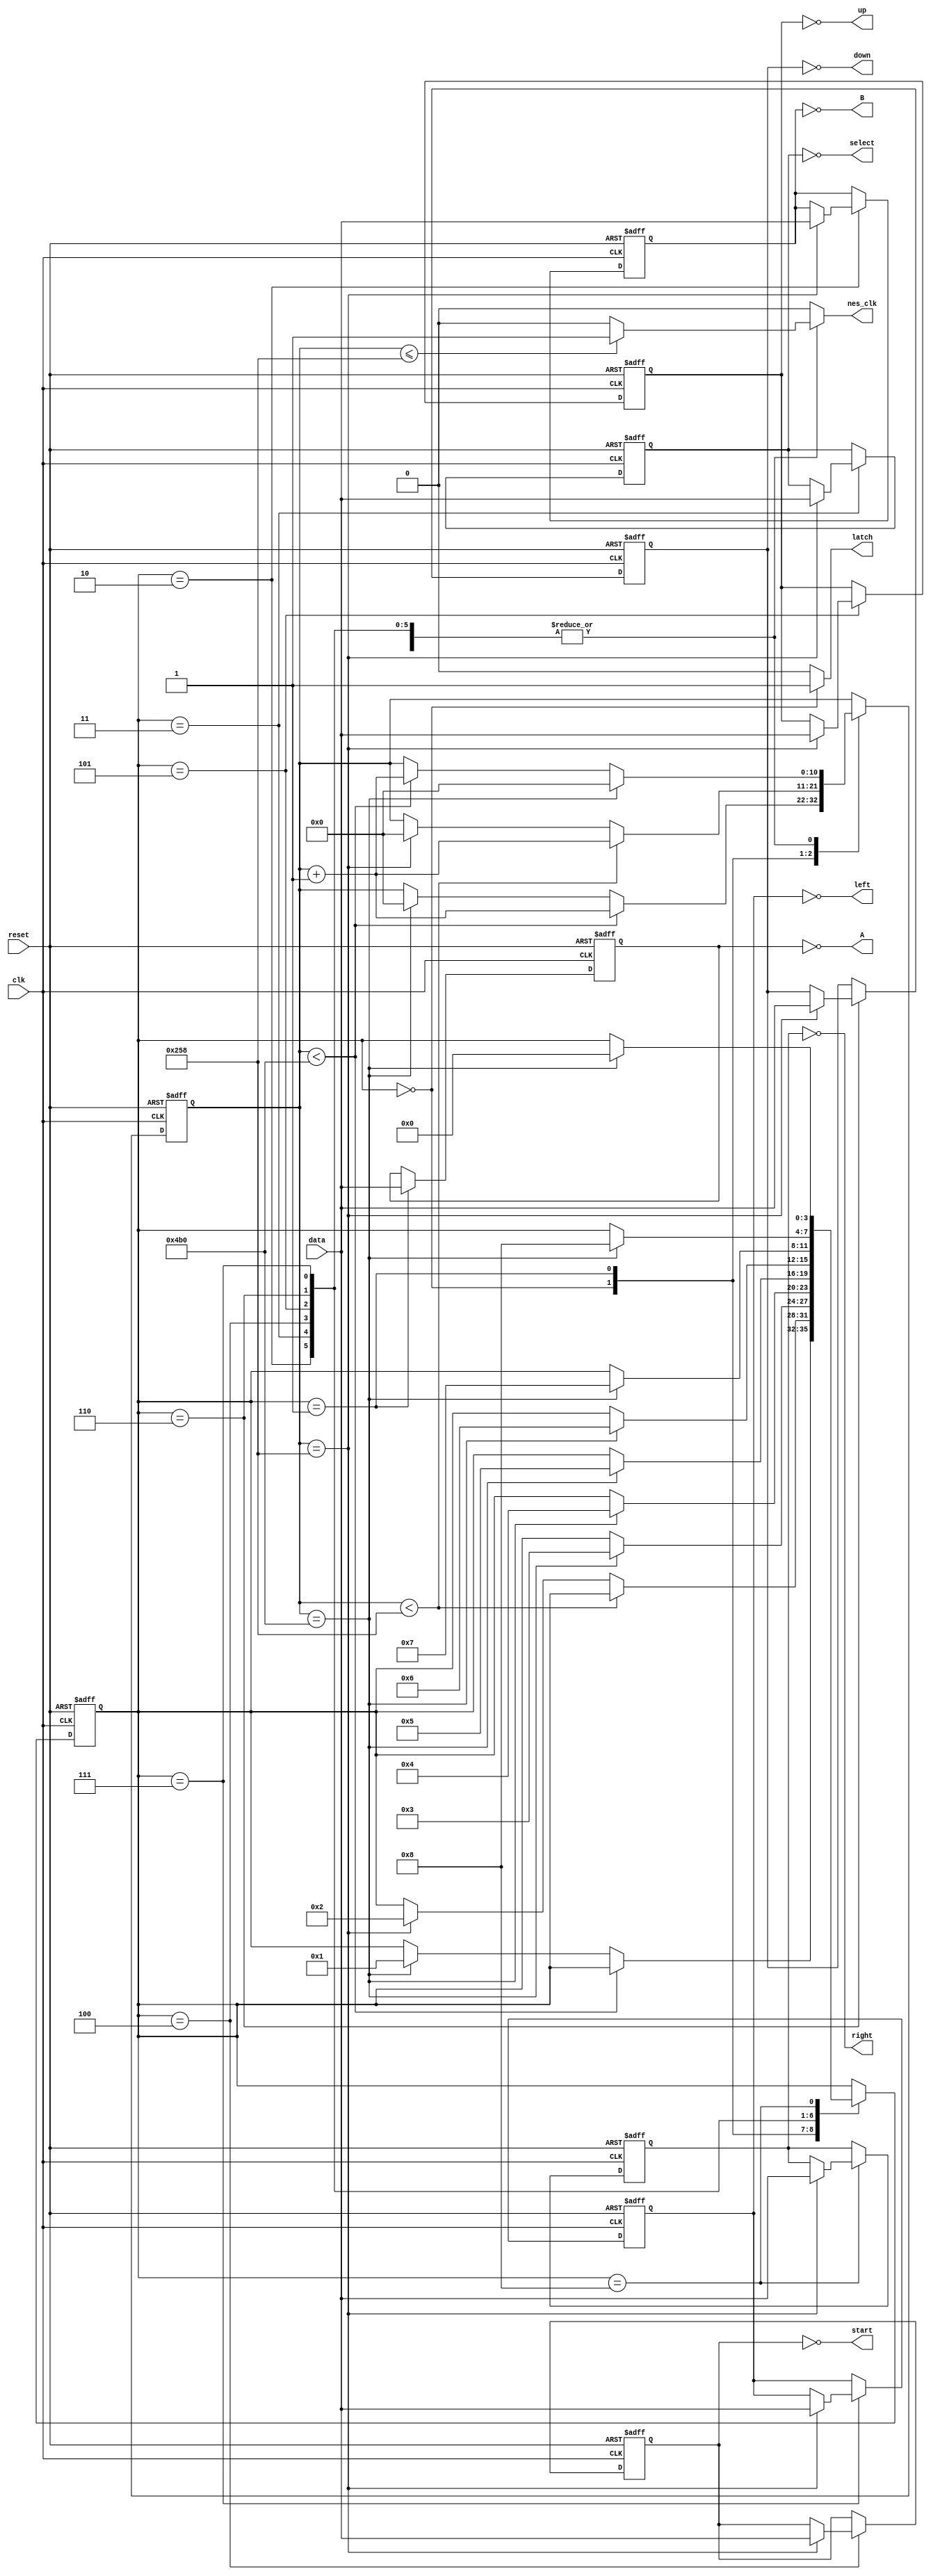
`timescale 1ns / 1ps
//////////////////////////////////////////////////////////////////////////////////////////////////
// Retrieved from https://github.com/jconenna/Yoshis-Nightmare/blob/master/source/nes_controller.v
// Provided by embeddedthoughts.com
//////////////////////////////////////////////////////////////////////////////////////////////////

module nes_controller
	(
		input wire clk, reset, 
		input wire data,                                        // input data from nes controller to FPGA
		output reg latch, nes_clk,                              // outputs from FPGA to nes controller
		output wire A, B, select, start, up, down, left, right  // output states of nes controller buttons
        );
	
	// FSM symbolic states
	localparam [3:0] latch_en     = 4'h0,  // assert latch for 12 us
			 read_A_wait  = 4'h1,  // read A / wait 6 us
			 read_B       = 4'h2,  // read B ...
			 read_select  = 4'h3,  
		         read_start   = 4'h4,
		         read_up      = 4'h5,
			 read_down    = 4'h6,
			 read_left    = 4'h7,
			 read_right   = 4'h8;

	// register to count clock cycles to time latch assertion, nes_clk state, and FSM state transitions		 
	reg [10:0] count_reg, count_next;
	
	// FSM state register, and button state regs
	reg [3:0] state_reg, state_next;
	reg A_reg, B_reg, select_reg, start_reg,
	    up_reg, down_reg, left_reg, right_reg;
	reg A_next, B_next, select_next, start_next,
	   up_next, down_next, left_next, right_next;
	
	// infer all the registers
	always @(posedge clk, posedge reset)
		if (reset)
			begin
			count_reg  <= 0;
			state_reg  <= 0;
			A_reg      <= 0;
			B_reg      <= 0;
			select_reg <= 0;
			start_reg  <= 0;
			up_reg     <= 0;
			down_reg   <= 0;
			left_reg   <= 0;
			right_reg  <= 0;
			end
	    else
			begin
		        count_reg  <= count_next;
			state_reg  <= state_next;
			A_reg      <= A_next;
			B_reg      <= B_next;
			select_reg <= select_next;
			start_reg  <= start_next;
			up_reg     <= up_next;
			down_reg   <= down_next;
			left_reg   <= left_next;
			right_reg  <= right_next;
			end
			
	// FSM next-state logic and data path
	always@*
		begin
		// defaults
		latch       = 0;
		nes_clk     = 0;
		count_next  = count_reg;
		A_next      = A_reg;
		B_next      = B_reg;
		select_next = select_reg;
		start_next  = start_reg;
		up_next     = up_reg;
		down_next   = down_reg;
		left_next   = left_reg;
		right_next  = right_reg;
		state_next  = state_reg;
		
		case(state_reg)
			
			latch_en: 
					begin
					// assert latch pin
					latch = 1;
					
					// count 12 us
					if(count_reg < 1200)
						count_next = count_reg + 1;
					
					// once 12 us passed
					else if(count_reg == 1200)
						begin
						count_next = 0; // reset latch_count
						state_next = read_A_wait; // go to read_A_wait state
						end
					end
			
			read_A_wait:
					begin
					A_next = data; // read A
					
					if(count_reg < 600) // count clk cycles for 6 us
						count_next = count_reg + 1;
						
					// once 6 us passed
					else if(count_reg == 600)
						begin
						count_next = 0; // reset latch_count
						state_next = read_B; // go to read_B state
						end
					end
			
			read_B:	
					begin
					// count clk cycles for 12 us
					if(count_reg < 1200)
						count_next = count_reg + 1;
					
					// nes_clk state
					if(count_reg <= 600)
						nes_clk = 1;
					else if(count_reg > 600)
						nes_clk = 0;
					
					// read B
					if(count_reg == 600)
						B_next = data;
					
					// state over
					if(count_reg == 1200)
						begin
						count_next = 0; // reset latch_count
						state_next = read_select; // go to read_select state
						end
					end
			
			read_select:	
					begin
					// count clk cycles for 12 us
					if(count_reg < 1200)
						count_next = count_reg + 1;
					
					// nes_clk state
					if(count_reg <= 600)
						nes_clk = 1;
					else if(count_reg > 600)
						nes_clk = 0;
					
					// read select
					if(count_reg == 600)
						select_next = data;
					
					// state over
					if(count_reg == 1200)
						begin
						count_next = 0; // reset latch_count
						state_next = read_start; // go to read_start state
						end
					end			
			
			read_start:	
					begin
					// count clk cycles for 12 us
					if(count_reg < 1200)
						count_next = count_reg + 1;
					
					// nes_clk state
					if(count_reg <= 600)
						nes_clk = 1;
					else if(count_reg > 600)
						nes_clk = 0;
					
					// read start
					if(count_reg == 600)
						start_next = data;
					
					// state over
					if(count_reg == 1200)
						begin
						count_next = 0; // reset latch_count
						state_next = read_up; // go to read_up state
						end
					end
			
			read_up:	
					begin
					// count clk cycles for 12 us
					if(count_reg < 1200)
						count_next = count_reg + 1;
					
					// nes_clk state
					if(count_reg <= 600)
						nes_clk = 1;
					else if(count_reg > 600)
						nes_clk = 0;
					
					// read up
					if(count_reg == 600)
						up_next = data;
					
					// state over
					if(count_reg == 1200)
						begin
						count_next = 0; // reset latch_count
						state_next = read_down; // go to read_down state
						end
					end
					
			read_down:	
					begin
					// count clk cycles for 12 us
					if(count_reg < 1200)
						count_next = count_reg + 1;
					
					// nes_clk state
					if(count_reg <= 600)
						nes_clk = 1;
					else if(count_reg > 600)
						nes_clk = 0;
					
					// read down
					if(count_reg == 600)
						down_next = data;
					
					// state over
					if(count_reg == 1200)
						begin
						count_next = 0; // reset latch_count
						state_next = read_left; // go to read_left state
						end
					end
					
			read_left:	
					begin
					// count clk cycles for 12 us
					if(count_reg < 1200)
						count_next = count_reg + 1;
					
					// nes_clk state
					if(count_reg <= 600)
						nes_clk = 1;
					else if(count_reg > 600)
						nes_clk = 0;
					
					// read left
					if(count_reg == 600)
						left_next = data;
					
					// state over
					if(count_reg == 1200)
						begin
						count_next = 0; // reset latch_count
						state_next = read_right; // go to read_right state
						end
					end
					
			read_right:	
					begin
					// count clk cycles for 12 us
					if(count_reg < 1200)
						count_next = count_reg + 1;
					
					// nes_clk state
					if(count_reg <= 600)
						nes_clk = 1;
					else if(count_reg > 600)
						nes_clk = 0;
					
					// read right
					if(count_reg == 600)
						right_next = data;
					
					// state over
					if(count_reg == 1200)
						begin
						count_next = 0; // reset latch_count
						state_next = latch_en; // go to latch_en state
						end
					end
		endcase
		end
		
	// assign outputs, *normally asserted when unpressed
	assign A      = ~A_reg;
	assign B      = ~B_reg;
	assign select = ~select_reg;
	assign start  = ~start_reg;
	assign up     = ~up_reg;
	assign down   = ~down_reg;
	assign left   = ~left_reg;
	assign right  = ~right_reg;
	
endmodule